Plague in India, 1896, 1897 - Volume 2
Year: 1896
Disease focus: Plague
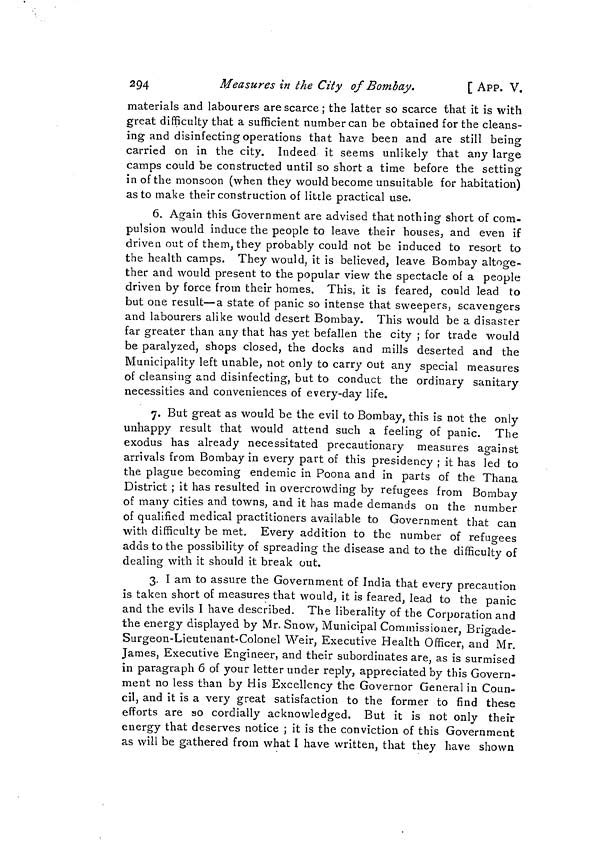
2Q4
Measures in the City of Bombay.
[ APP. V.
materials and labourers are scarce ; the latter so scarce that it is with
great difficulty that a sufficient number can be obtained for the cleans-
ing and disinfecting operations that have been and are still being
carried on in the city. Indeed it seems unlikely that any large
camps could be constructed until so short a time before the setting
in of the monsoon (when they would become unsuitable for habitation)
as to make their construction of little practical use.
6. Again this Government are advised that nothing short of com-
pulsion would induce the people to leave their houses, and even if
driven out of them, they probably could not be induced to resort to
the health camps. They would, it is believed, leave Bombay altoge-
ther and would present to the popular view the spectacle of a people
driven by force from their homes. This, it is feared, could lead to
but one result—a state of panic so intense that sweepers, scavengers
and labourers alike would desert Bombay. This would be a disaster
far greater than any that has yet befallen the city ; for trade would
be paralyzed, shops closed, the docks and mills deserted and the
Municipality left unable, not only to carry out any special measures
of cleansing and disinfecting, but to conduct the ordinary sanitary
necessities and conveniences of every-day life.
7. But great as would be the evil to Bombay, this is not the only
unhappy result that would attend such a feeling of panic. The
exodus has already necessitated precautionary measures against
arrivals from Bombay in every part of this presidency ; it has led to
the plague becoming endemic in Poona and in parts of the Thana
District ; it has resulted in overcrowding by refugees from Bombay
of many cities and towns, and it has made demands on the number
of qualified medical practitioners available to Government that can
with difficulty be met. Every addition to the number of refugees
adds to the possibility of spreading the disease and to the difficulty of
dealing: with it should it break out.
CD
3. I am to assure the Government of India that every precaution
is taken short of measures that would, it is feared, lead to the panic
and the evils I have described. The liberality of the Corporation and
the energy displayed by Mr. Snow, Municipal Commissioner, Brigade-
Surgeon-Lieutenant-Colonel Weir, Executive Health Officer, and Mr.
James, Executive Engineer, and their subordinates are, as is surmised
in paragraph 6 of your letter under reply, appreciated by this Govern-
ment no less than by His Excellency the Governor General in Coun-
cil, and it is a very great satisfaction to the former to find these
efforts are so cordially acknowledged. But it is not only their
energy that deserves notice ; it is the conviction of this Government
as will be gathered from what I have written, that they have shown